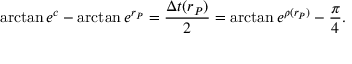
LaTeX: \arctan e ^ { c } - \arctan e ^ { r _ { P } } = \frac { \Delta t ( r _ { P } ) } { 2 } = \arctan e ^ { \rho ( r _ { P } ) } - \frac { \pi } { 4 } .